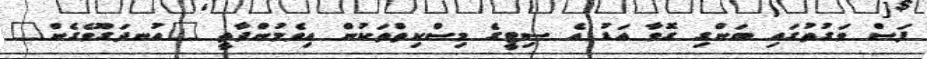
ފަސް ވަގުތުގައި ބަންގި ގޮވާ އަޑު އެ ސިޓީގެ މިސްކިތްތަކުން އިވެމުންދާތީ "އުނދަގޫވެގެން"